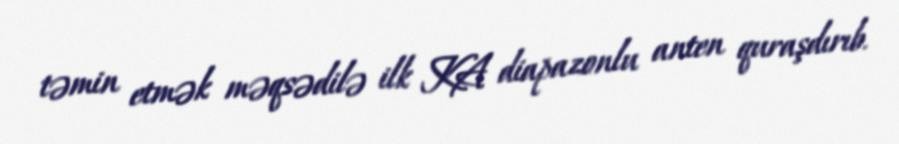
təmin etmək məqsədilə ilk KA diapazonlu anten quraşdırıb.